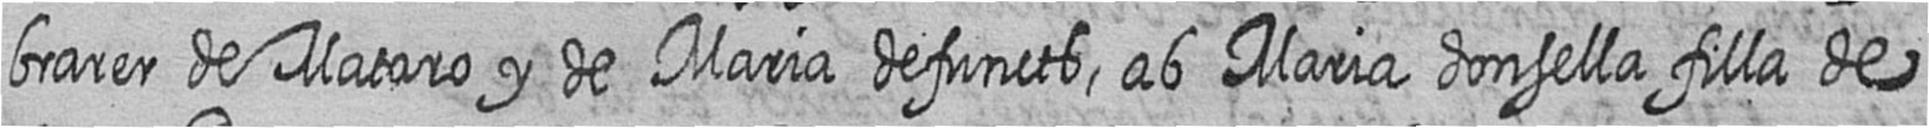
brarer de Mataro y de Maria defuncts ab Maria donsella filla de